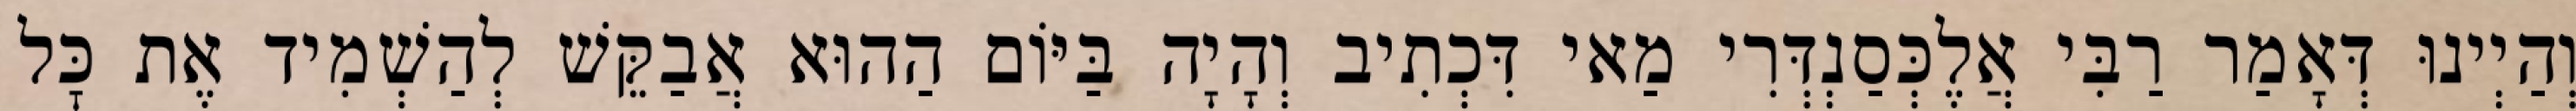
וְהַיְינוּ דְּאָמַר רַבִּי אֲלֶכְּסַנְדְּרִי מַאי דִּכְתִיב וְהָיָה בַּיּוֹם הַהוּא אֲבַקֵּשׁ לְהַשְׁמִיד אֶת כׇּל